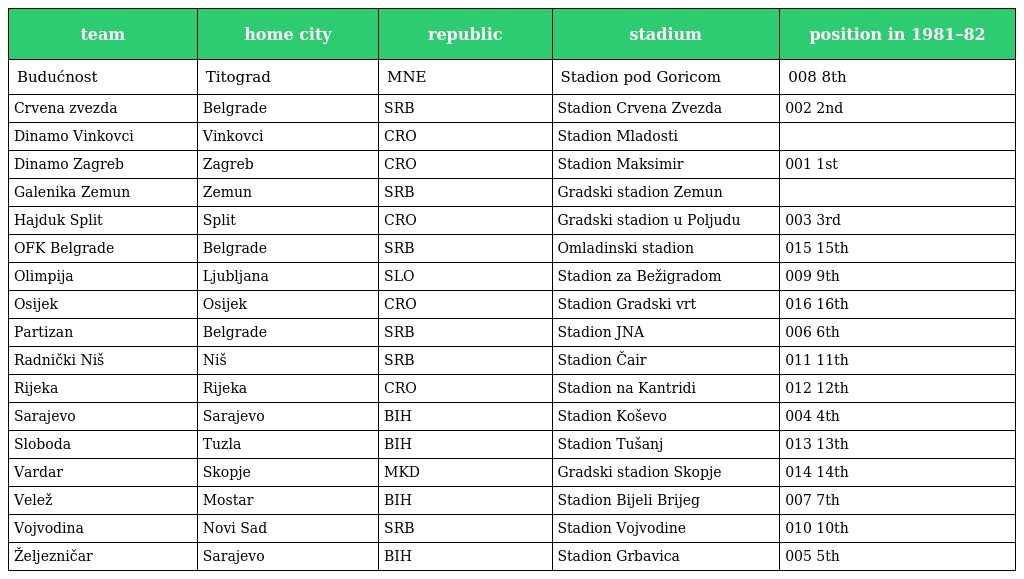
| team | home city | republic | stadium | position in 1981–82 |
 | --- | --- | --- | --- | --- |
 | Budućnost | Titograd | MNE | Stadion pod Goricom | 008 8th |
 | Crvena zvezda | Belgrade | SRB | Stadion Crvena Zvezda | 002 2nd |
 | Dinamo Vinkovci | Vinkovci | CRO | Stadion Mladosti |  |
 | Dinamo Zagreb | Zagreb | CRO | Stadion Maksimir | 001 1st |
 | Galenika Zemun | Zemun | SRB | Gradski stadion Zemun |  |
 | Hajduk Split | Split | CRO | Gradski stadion u Poljudu | 003 3rd |
 | OFK Belgrade | Belgrade | SRB | Omladinski stadion | 015 15th |
 | Olimpija | Ljubljana | SLO | Stadion za Bežigradom | 009 9th |
 | Osijek | Osijek | CRO | Stadion Gradski vrt | 016 16th |
 | Partizan | Belgrade | SRB | Stadion JNA | 006 6th |
 | Radnički Niš | Niš | SRB | Stadion Čair | 011 11th |
 | Rijeka | Rijeka | CRO | Stadion na Kantridi | 012 12th |
 | Sarajevo | Sarajevo | BIH | Stadion Koševo | 004 4th |
 | Sloboda | Tuzla | BIH | Stadion Tušanj | 013 13th |
 | Vardar | Skopje | MKD | Gradski stadion Skopje | 014 14th |
 | Velež | Mostar | BIH | Stadion Bijeli Brijeg | 007 7th |
 | Vojvodina | Novi Sad | SRB | Stadion Vojvodine | 010 10th |
 | Željezničar | Sarajevo | BIH | Stadion Grbavica | 005 5th |